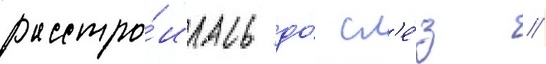
расстро́илась до́ сл'е́з //